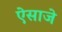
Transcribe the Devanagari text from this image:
ऐसाजे